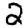
Digit: 2